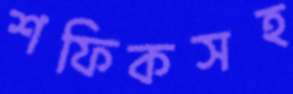
শফিকসহ